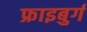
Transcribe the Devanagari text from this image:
फ्राइबुर्ग